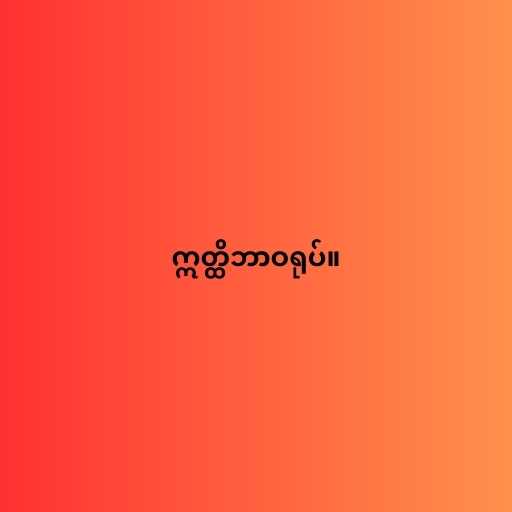
ဣတ္ထိဘာဝရုပ်။